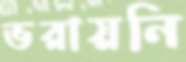
ভরায়নি